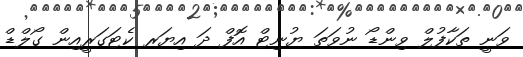
ވަނީ ތަކާފުލް ވިންޑޯ ނުވަތަ ޔުނިޓް އޮފް ދަ އިޔަރ ކެޓަގަރީއިން ގޯލްޑް